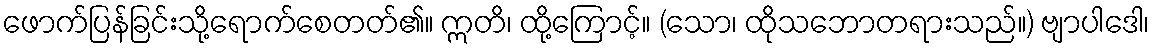
ဖောက်ပြန်ခြင်းသို့ရောက်စေတတ်၏။ ဣတိ၊ ထို့ကြောင့်။ (သော၊ ထိုသဘောတရားသည်။) ဗျာပါဒေါ၊